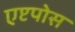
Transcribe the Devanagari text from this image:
एप्टपोस